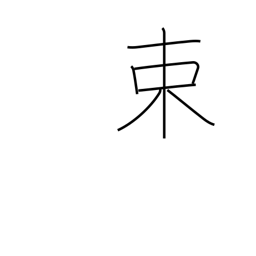
Meaning: tie in bundles